Dysentery and liver abscess in Bombay - Number 47
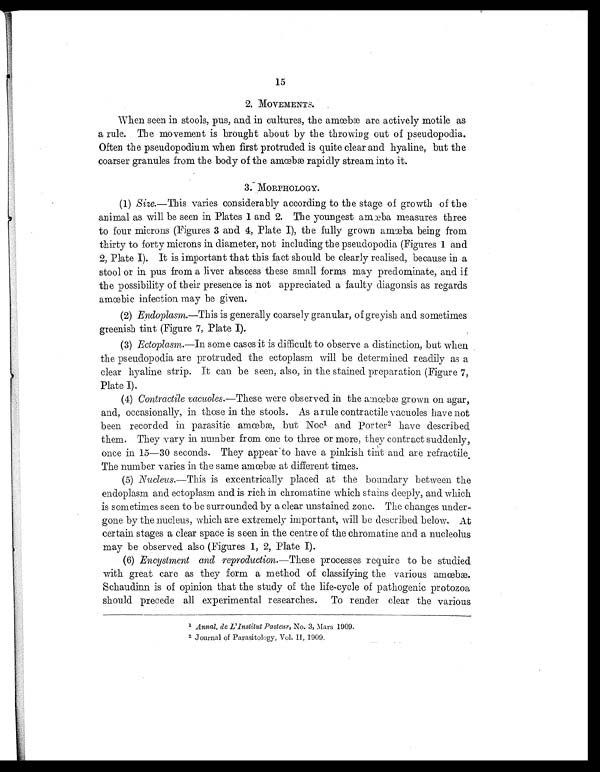
15
2. MOVEMENTS.
When seen i n stool s, pus, and i n cul tures, the amœbæ are acti vel y moti l e as
a rule. The movement is brought about by the throwing out of pseudopodia.
Often the pseudopodium when first protruded is quite clear and hyaline, but the
coarser granul es f rom t he body of t he amœbæ rapi dl y st ream i nt o i t .
3. MORPHOLOGY.
( 1 )
S i z e
. — T h i s v a r i e s c o n s i d e r a b l y a c c o r d i n g t o t h e s t a g e o f g r o w t h o f t h e
ani mal as wi l l be seen i n Pl ates 1 and 2. The youngest amœba measures three
to four mi crons (Fi gures 3 and 4, Pl ate I), the ful l y grown amœba bei ng from
thirty to forty microns in diameter, not including the pseudopodia (Figures 1 and
2, Plate I). It is important that this fact should be clearly realised, because in a
stool or in pus from a liver abscess these small forms may predominate, and if
the possibility of their presence is not appreciated a faulty d
iagonsis as regards
amœbic infection may be given.
( 2 )
E n d o p l a s m
. — T h i s i s g e n e r a l l y c o a r s e l y g r a n u l a r , o f g r e y i s h a n d s o m e t i m e s
greenish tint (Figure 7, Plate I).
( 3 )
E c t o p l a s m
. — I n s o m e c a s e s i t i s d i f f i c u l t t o o b s e r v e a d i s t i n c t i o n , b u t w h e n
the pseudopodia are protruded the ectoplasm will be determined readily as a
clear hyaline strip. it can be seen, also, in the stained preparation (Figure 7,
Plate I).
( 4 )
C o n t r a c t i l e v a c u o l e s
. — T h e s e w e r e o b s e r v e d i n t h e a m œ b æ g r o w n o n a g a r ,
and, occasionally, in those in the stools. As a rule contractile vacuoles have not
been recorded i n parasi ti c amœbæ, but Noc 1 a n d P o r t e r
2 h a v e d e s c r i b e d
them. They vary in number from one to three or more, they contract suddenly,
once i n 15—30 seconds. They appear to have a pi nki sh ti nt and are refracti l e.
The number varies in the same amœbæ at different times.
( 5 )
N u c l e u s
. — T h i s i s e x c e n t r i c a l l y p l a c e d a t t h e b o u n d a r y b e t w e e n t h e
endoplasm and ectoplasm and is rich in chromatine which stains deeply, and which
is sometimes seen to be surrounded by a clear unstained zone. The changes under
- g o n e b y t h e n u c l e u s , w h i c h a r e e x t r e m e l y i m p o r t a n t , w i l l b e d e s c r i b e d b e l o w . A t
certain stages a clear space is seen in the centre of the chromatine and a nucleolus
may be observed also (Figures 1, 2, Plate I).
(6) Encystment and reproduction.—These processes require to be studied
with great care as they form a method of classifying the various amœbæ.
Schaudinn is of opinion that the study of the life-cycle of pathogenic protozoa
should precede all experimental researches. To render clear the various
1A
n n a l . d e L ' I n s t i t u t P a s t e u r
, No. 3, Mars 1909.
2 Journal of Parasitology, Vol.II 1909.